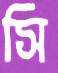
সি